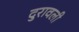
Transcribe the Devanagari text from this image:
दुरावली